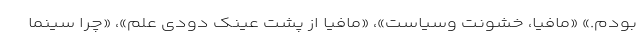
بودم.» «مافیا، خشونت وسیاست»، «مافیا از پشت عینک دودی علم»، «چرا سینما